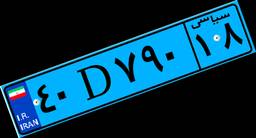
۴۳D۴۰۸۵۴